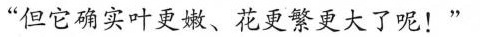
“但它确实叶更嫩、秘更繁更大了呢!"